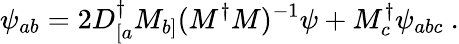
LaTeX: \psi_{ab}=2D_{[a}^{\dagger}M_{b]}(M^{\dagger}M)^{-1}\psi+M_{c}^{\dagger}\psi_{abc}\ .